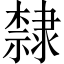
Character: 隸